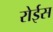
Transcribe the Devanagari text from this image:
रोईस